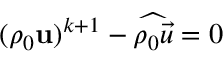
( \rho _ { 0 } \mathbf { u } ) ^ { k + 1 } - \widehat { \rho _ { 0 } \vec { u } } = 0